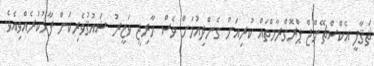
ޘަޤާފީ އެކްސްޗޭންޖް ޕްރޮގްރާމްތައް ކުރިއަށް ގެންދިއުމަށް ވެސް ޚާރިޖީ ވަޒީރު ޝައުޤުވެރިކަން ފާޅުކުރެއްވިއެވެ.